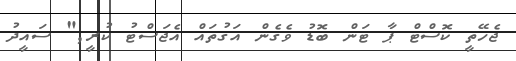
ޖެހޭތީ ކޮސްޓް ޕާ ޓަން ބޮޑު ވެގެން އަގުތައް އެޖަސްޓު ކުރީ